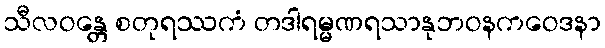
သီလဝန္တေ စတုရဿကံ တဒါရမ္မဏရသာနုဘဝနကဝေဒနာ